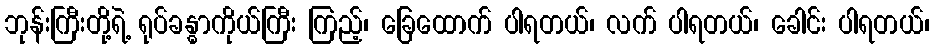
ဘုန်းကြီးတို့ရဲ့ ရုပ်ခန္ဓာကိုယ်ကြီး ကြည့်၊ ခြေထောက် ပါရတယ်၊ လက် ပါရတယ်၊ ခေါင်း ပါရတယ်၊